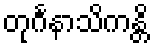
တုင်္ဂနာသိကန္တိ